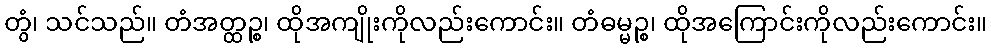
တွံ၊ သင်သည်။ တံအတ္ထဉ္စ၊ ထိုအကျိုးကိုလည်းကောင်း။ တံဓမ္မဉ္စ၊ ထိုအကြောင်းကိုလည်းကောင်း။